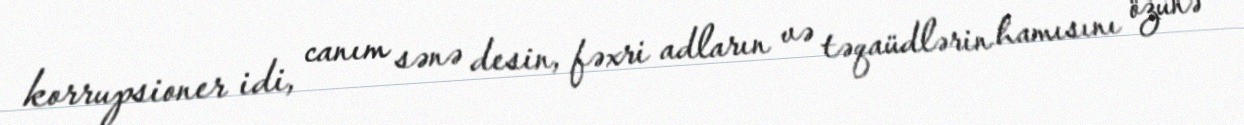
korrupsioner idi, canım sənə desin, fəxri adların və təqaüdlərin hamısını özünə